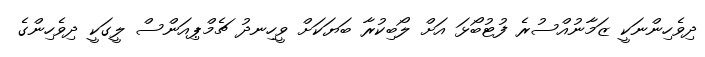
ދިވެހިންނަކީ ޒަމާނުއްސުރެ ފުޓުބޯޅަ އަށް ލޯބިކުރާ ބަޔަކަށް ވީހިނދު ޗެމްޕިއަންސް ލީގަކީ ދިވެހިންގެ